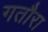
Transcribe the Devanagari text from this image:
गतौरा